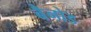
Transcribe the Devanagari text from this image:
बैनोड